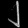
Digit: ၂